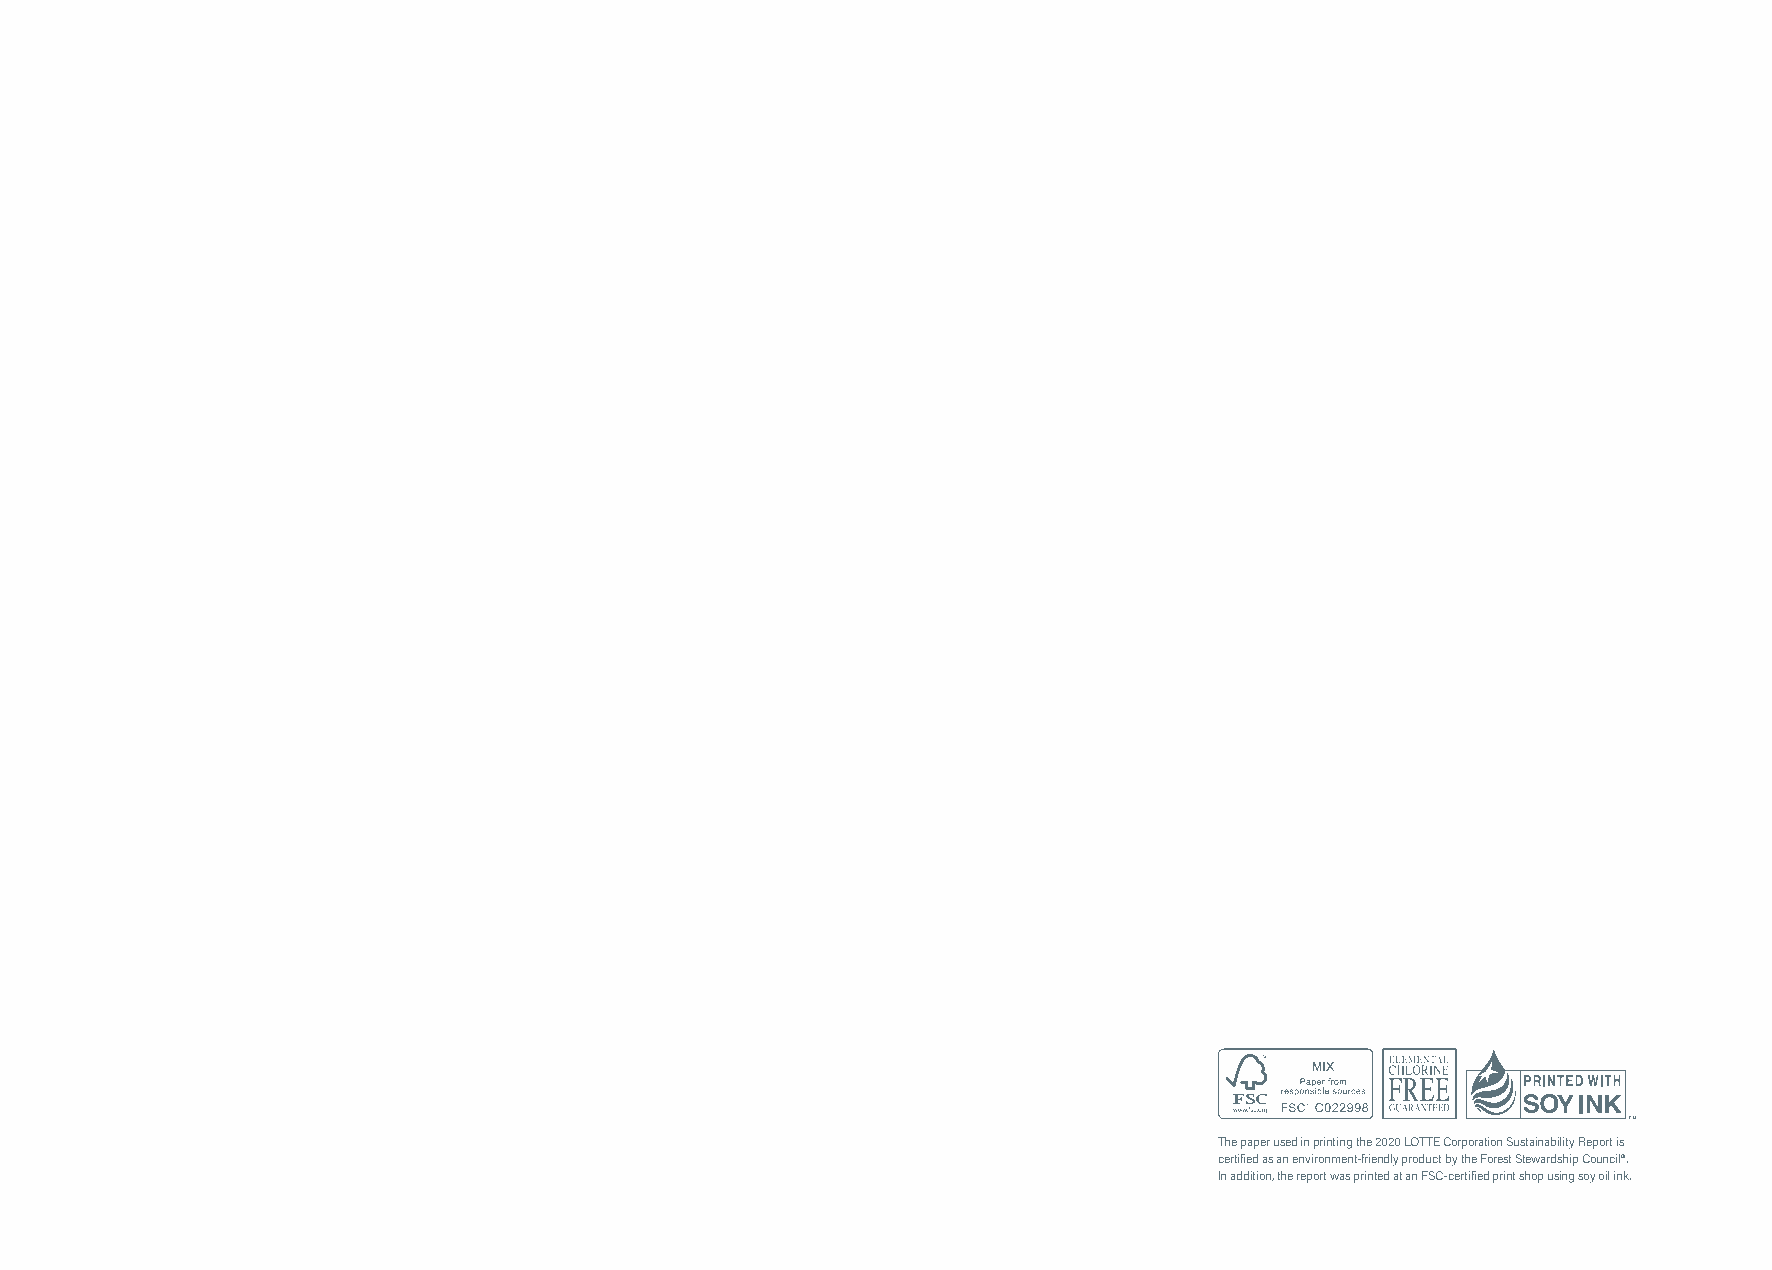
The paper used in printing the 2020 LOTTE Corporation Sustainability Report is
 certified as an environment-friendly product by the Forest Stewardship Council®.
 In addition, the report was printed at an FSC-certified print shop using soy oil ink.